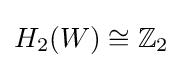
H_{2}(W)\cong \mathbb {Z} _{2}